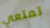
تمتعي